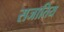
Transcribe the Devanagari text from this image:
सजातिय